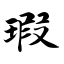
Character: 瑕